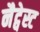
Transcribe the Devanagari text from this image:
नैट्वेस्ट